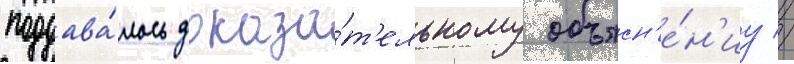
поддава́лось доказа́т'ельному объясн'е́н'иу //